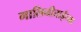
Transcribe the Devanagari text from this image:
मालिनीताईंच्या